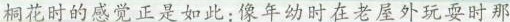
桐花时的感觉正是如此:像年幼时在老屋外玩耍时那